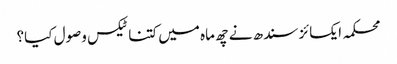
محکمہ ایکسائز سندھ نے چھ ماہ میں کتنا ٹیکس وصول کیا؟